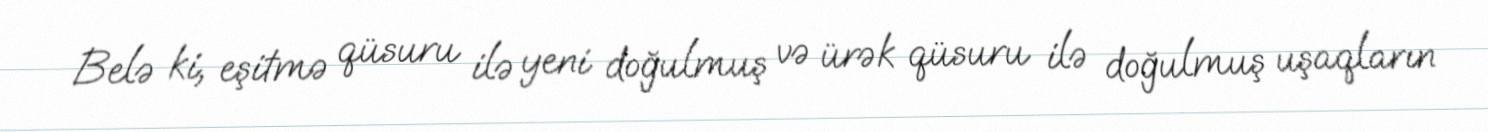
Belə ki, eşitmə qüsuru ilə yeni doğulmuş və ürək qüsuru ilə doğulmuş uşaqların